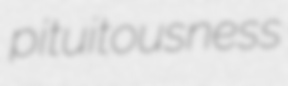
pituitousness